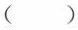
（）